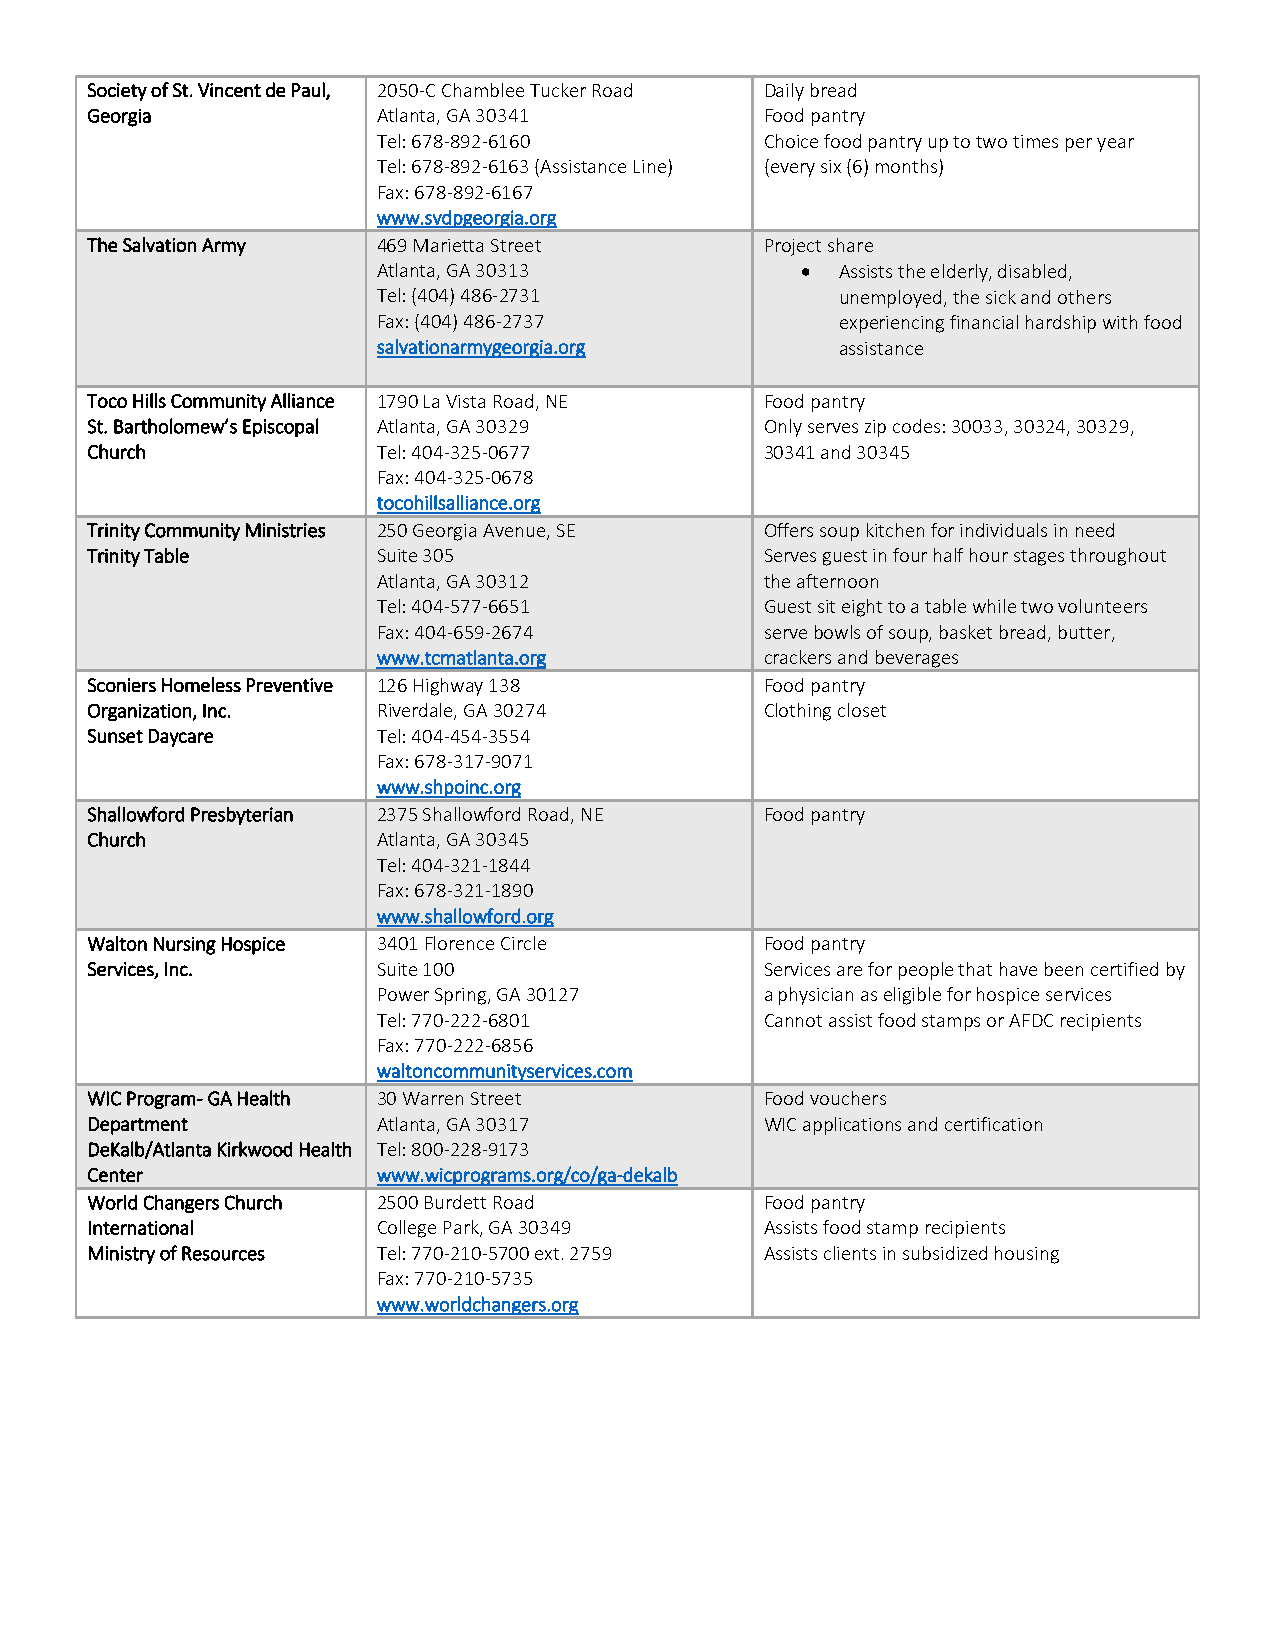
Society of St. Vincent de Paul, 2050-C Chamblee Tucker Road Daily bread
 Georgia            Atlanta, GA 30341         Food pantry
 Tel: 678-892-6160         Choice food pantry up to two times per year
 Tel: 678-892-6163 (Assistance Line) (every six (6) months)
 Fax: 678-892-6167
 www.svdpgeorgia.org
 The Salvation Army 469 Marietta Street       Project share
 Atlanta, GA 30313             Assists the elderly, disabled,
 Tel: (404) 486-2731            unemployed, the sick and others
 Fax: (404) 486-2737            experiencing financial hardship with food
 salvationarmygeorgia.org       assistance
 Toco Hills Community Alliance 1790 La Vista Road, NE Food pantry
 St. Bartholomew’s Episcopal Atlanta, GA 30329 Only serves zip codes: 30033, 30324, 30329,
 Church             Tel: 404-325-0677         30341 and 30345
 Fax: 404-325-0678
 tocohillsalliance.org
 Trinity Community Ministries 250 Georgia Avenue, SE Offers soup kitchen for individuals in need
 Trinity Table      Suite 305                 Serves guest in four half hour stages throughout
 Atlanta, GA 30312         the afternoon
 Tel: 404-577-6651         Guest sit eight to a table while two volunteers
 Fax: 404-659-2674         serve bowls of soup, basket bread, butter,
 www.tcmatlanta.org        crackers and beverages
 Sconiers Homeless Preventive 126 Highway 138 Food pantry
 Organization, Inc. Riverdale, GA 30274       Clothing closet
 Sunset Daycare     Tel: 404-454-3554
 Fax: 678-317-9071
 www.shpoinc.org
 Shallowford Presbyterian 2375 Shallowford Road, NE Food pantry
 Church             Atlanta, GA 30345
 Tel: 404-321-1844
 Fax: 678-321-1890
 www.shallowford.org
 Walton Nursing Hospice 3401 Florence Circle  Food pantry
 Services, Inc.     Suite 100                 Services are for people that have been certified by
 Power Spring, GA 30127    a physician as eligible for hospice services
 Tel: 770-222-6801         Cannot assist food stamps or AFDC recipients
 Fax: 770-222-6856
 waltoncommunityservices.com
 WIC Program- GA Health 30 Warren Street      Food vouchers
 Department         Atlanta, GA 30317         WIC applications and certification
 DeKalb/Atlanta Kirkwood Health Tel: 800-228-9173
 Center             www.wicprograms.org/co/ga-dekalb
 World Changers Church 2500 Burdett Road      Food pantry
 International      College Park, GA 30349    Assists food stamp recipients
 Ministry of Resources Tel: 770-210-5700 ext. 2759 Assists clients in subsidized housing
 Fax: 770-210-5735
 www.worldchangers.org